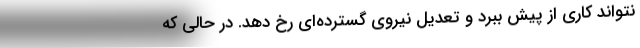
نتواند کاری از پیش ببرد و تعدیل نیروی گسترده‌ای رخ دهد. در حالی‌ که